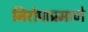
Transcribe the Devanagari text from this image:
निरोपाप्रमाणे